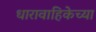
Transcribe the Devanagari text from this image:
धारावाहिकेच्या